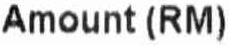
AMOUNT (RM)